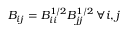
{ B _ { i j } = B _ { i i } ^ { 1 / 2 } B _ { j j } ^ { 1 / 2 } \, \forall i , j }